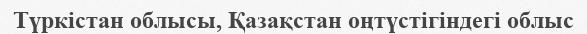
Түркістан облысы, Қазақстан оңтүстігіндегі облыс